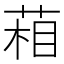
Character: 葙